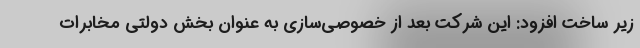
زیر ساخت افزود: این شرکت بعد از خصوصی‌سازی به عنوان بخش دولتی مخابرات